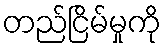
တည်ငြိမ်မှုကို